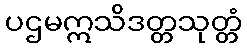
ပဌမဣသိဒတ္တသုတ္တံ